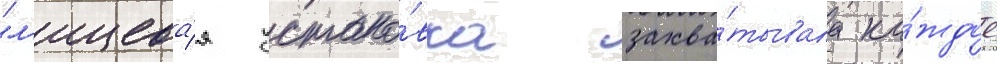
"л'ицева́я устано́вка захва́тывала ка́ждое